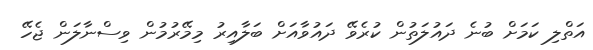
އަތްލި ކަމަށް ބުނެ ދައުލަތުން ކުރެވޭ ދައުވާއަށް ބަލާއިރު މިމޭރުމުން ވިސްނާލަން ޖެހޭ